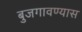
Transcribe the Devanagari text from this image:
बुजगावण्यास